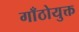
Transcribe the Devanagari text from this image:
गाँठोयुक्त